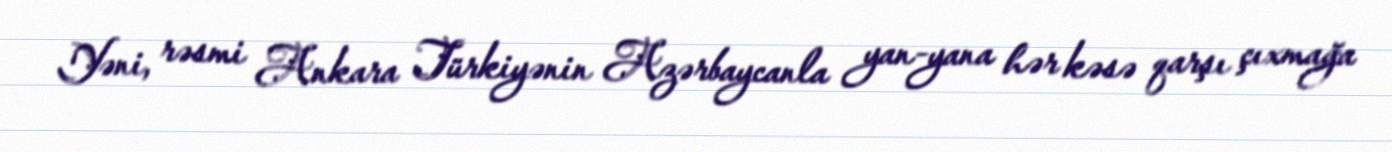
Yəni, rəsmi Ankara Türkiyənin Azərbaycanla yan-yana hər kəsə qarşı çıxmağa